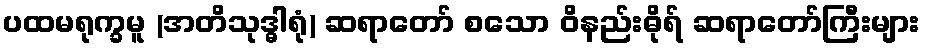
ပထမရုက္ခမူ (အတိသုဒ္ဓါရုံ) ဆရာတော် စသော ဝိနည်းဓိုရ် ဆရာတော်ကြီးများ